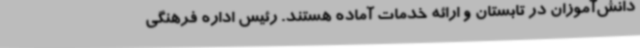
دانش‌آموزان در تابستان و ارائه خدمات آماده هستند. رئیس اداره فرهنگی